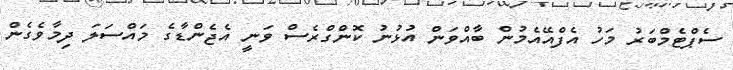
ސެޕްޓެމްބަރު މަހު އެފްއޭއެމުން ބާއްވަން އުޅުނު ކޮންގްރެސް ވަނީ އެޖެންޑާގެ މައްސަލަ ދިމާވެގެން